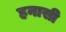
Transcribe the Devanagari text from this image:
हनासी